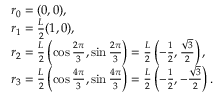
\begin{array} { r l } & { { \boldsymbol r } _ { 0 } = ( 0 , 0 ) , } \\ & { { \boldsymbol r } _ { 1 } = \frac L 2 ( 1 , 0 ) , } \\ & { { \boldsymbol r } _ { 2 } = \frac L 2 \left( \cos \frac { 2 \pi } { 3 } , \sin \frac { 2 \pi } { 3 } \right) = \frac L 2 \left( - \frac 1 2 , \frac { \sqrt 3 } 2 \right) , } \\ & { { \boldsymbol r } _ { 3 } = \frac L 2 \left( \cos \frac { 4 \pi } { 3 } , \sin \frac { 4 \pi } { 3 } \right) = \frac L 2 \left( - \frac 1 2 , - \frac { \sqrt 3 } 2 \right) . } \end{array}